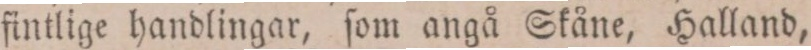
fintliga handlingar, ſom angå Skåne, Halland,